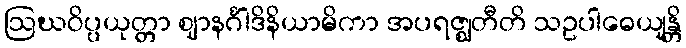
ဩဃဝိပ္ပယုတ္တာ ဈာနင်္ဂါဒိနိယာမိကာ အပရဇ္ဈတီတိ သဥပါဓေယျန္တိ